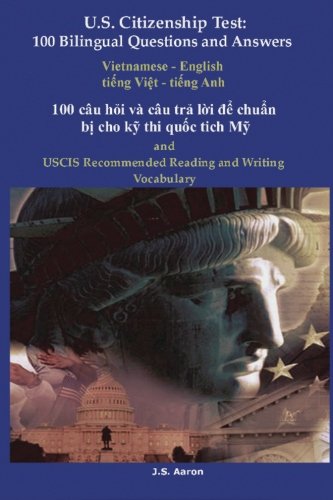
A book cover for U.S. Citizenship Test: 100 Bilingual Questions and Answers Vietnamese - English: 100 cÃ¢u hoi vÃ  cÃ¢u tra loi de chuan bi cho ky thi quoc tich My (U.S. Citizenship Test Questions) (Vietnamese Edition); J.S. Aaron; Test Preparation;